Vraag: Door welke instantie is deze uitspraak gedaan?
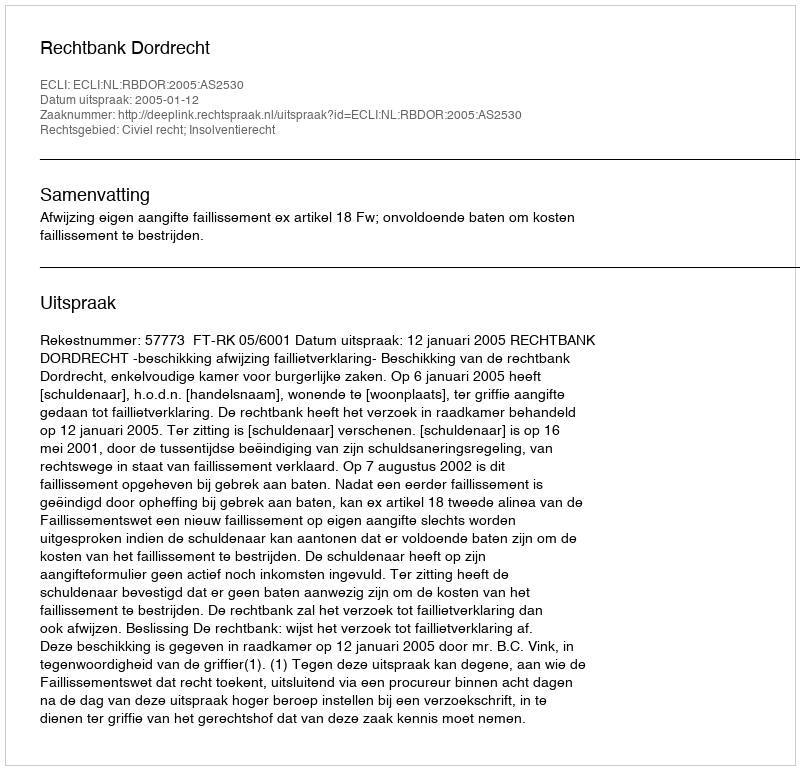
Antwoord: Rechtbank Dordrecht